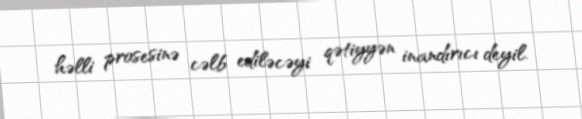
həlli prosesinə cəlb ediləcəyi qətiyyən inandırıcı deyil.